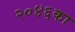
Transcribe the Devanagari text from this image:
२०४६का